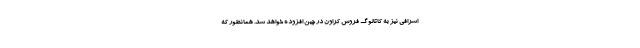
اشرافی نیز به کاتالوگ فروش کراون در چین افزوده خواهد شد. همانطور که